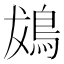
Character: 䳊